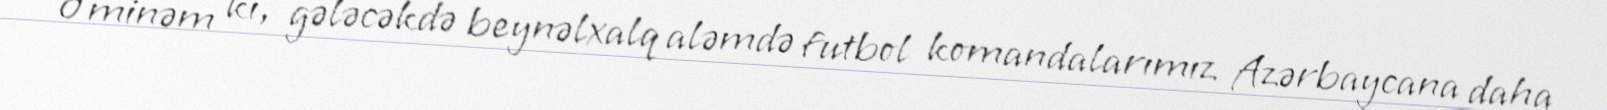
Əminəm ki, gələcəkdə beynəlxalq aləmdə futbol komandalarımız Azərbaycana daha